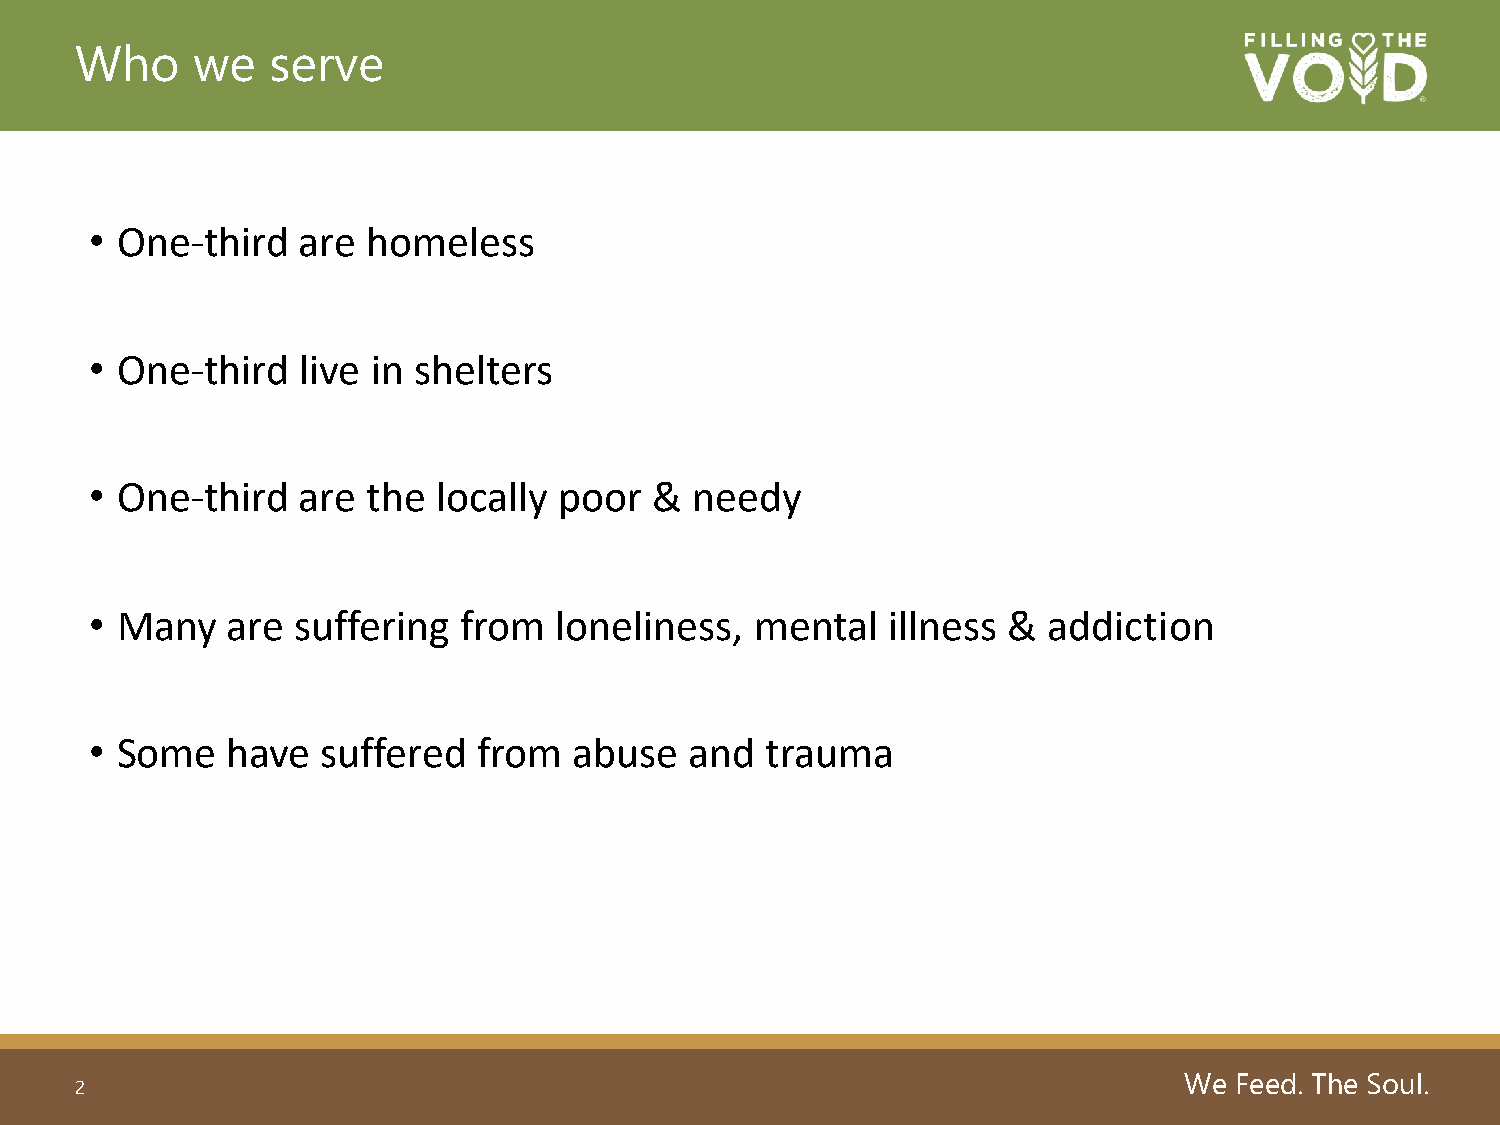
Who     we   serve
 • One-third   are homeless
 • One-third   live in shelters
 • One-third   are the  locally poor  &  needy
 • Many   are suffering  from   loneliness,  mental   illness & addiction
 • Some   have  suffered   from  abuse   and  trauma
 We  Feed. The Soul.
 2